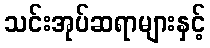
သင်းအုပ်ဆရာများနှင့်